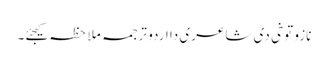
نازو توخی د‏‏ی شاعری دا اردو ترجمہ ملاحظہ کیجئے۔